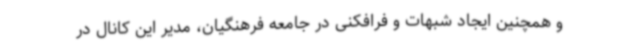
و همچنین ایجاد شبهات و فرافکنی در جامعه فرهنگیان، مدیر این کانال در